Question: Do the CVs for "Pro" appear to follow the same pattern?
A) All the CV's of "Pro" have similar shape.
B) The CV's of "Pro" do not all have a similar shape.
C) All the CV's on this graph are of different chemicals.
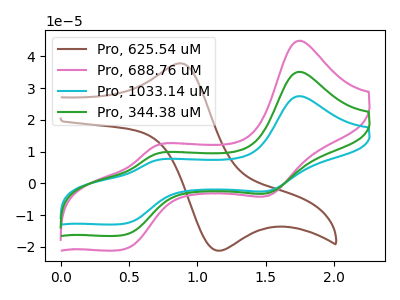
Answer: <think>The brown curve "Pro, 625.54 uM" has an anodic peak at (0.85V, 37.80uA) and a cathodic peak at (1.15V, -21.15uA). The pink curve "Pro, 688.76 uM" has anodic peaks at (1.75V, 44.95uA) (0.70V, 11.80uA) and cathodic peaks at (1.50V, -3.75uA) (0.45V, -20.80uA). The cyan curve "Pro, 1033.14 uM" has anodic peaks at (1.75V, 70.30uA) (0.70V, 18.45uA) and cathodic peaks at (1.50V, -5.85uA) (0.45V, -32.55uA). The green curve "Pro, 344.38 uM" has anodic peaks at (1.75V, 35.15uA) (0.70V, 9.20uA) and cathodic peaks at (1.50V, -2.90uA) (0.45V, -16.25uA).
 "Pro, 625.54 uM" and "Pro, 688.76 uM" have a different number of peaks. "Pro, 625.54 uM" and "Pro, 1033.14 uM" have a different number of peaks. "Pro, 625.54 uM" and "Pro, 344.38 uM" have a different number of peaks. All the peaks in "Pro, 688.76 uM" have a peak in "Pro, 1033.14 uM" at the same potential. Every peak in "Pro, 688.76 uM" is lower than every peak in "Pro, 1033.14 uM". All the peaks in "Pro, 688.76 uM" have a peak in "Pro, 344.38 uM" at the same potential. Every peak in "Pro, 688.76 uM" is higher than every peak in "Pro, 344.38 uM". All the peaks in "Pro, 1033.14 uM" have a peak in "Pro, 344.38 uM" at the same potential. Every peak in "Pro, 1033.14 uM" is higher than every peak in "Pro, 344.38 uM".</think>
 <answer>A) All the CV's of "Pro" have similar shape.</answer>
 <eval>A</eval>